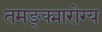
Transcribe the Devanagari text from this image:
तमङ्क्मारोग्य